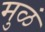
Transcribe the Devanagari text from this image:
मुळं